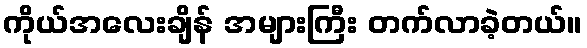
ကိုယ်အလေးချိန် အများကြီး တက်လာခဲ့တယ်။